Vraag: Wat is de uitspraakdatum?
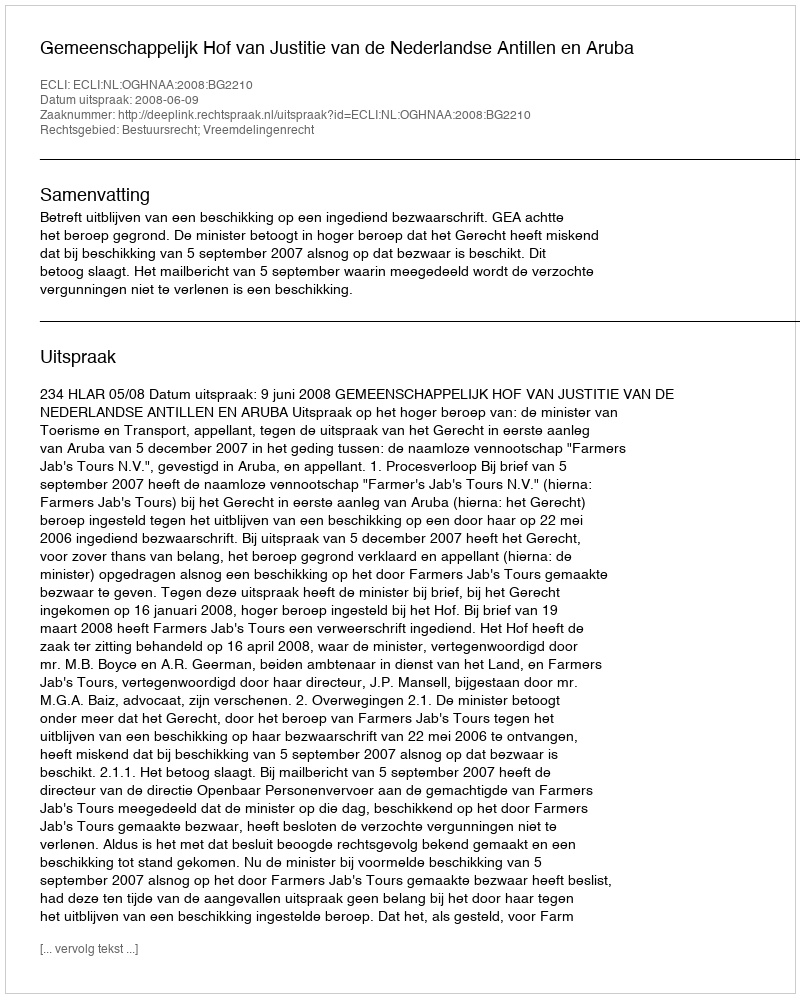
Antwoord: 2008-06-09